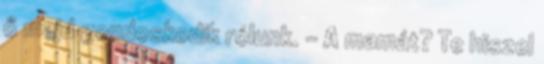
ő majd gondoskodik rólunk. – A mamát? Te hiszel